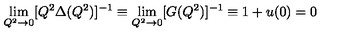
\lim _ { Q ^ { 2 } \rightarrow 0 } [ Q ^ { 2 } \Delta ( Q ^ { 2 } ) ] ^ { - 1 } \equiv \lim _ { Q ^ { 2 } \rightarrow 0 } [ G ( Q ^ { 2 } ) ] ^ { - 1 } \equiv 1 + u ( 0 ) = 0